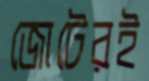
জোটেরই